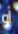
أو